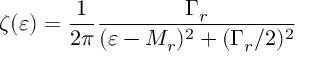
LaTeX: \zeta ( \varepsilon ) = \frac { 1 } { 2 \pi } \frac { \Gamma _ { r } } { ( \varepsilon - M _ { r } ) ^ { 2 } + ( \Gamma _ { r } / 2 ) ^ { 2 } }